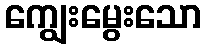
ကျွေးမွေးသော